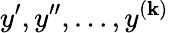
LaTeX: y^{\prime},y^{\prime\prime},\ldots,y^{(\mathbf{k})}